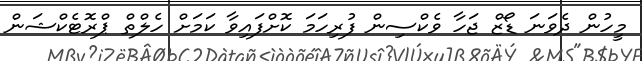
މީހުން ދެވަނަ ޑޯޒް ޖަހާ ވެކްސިން ފުރިހަމަ ކޮށްފައިވާ ކަމަށް ހެލްތް ޕްރޮޓެކްޝަން